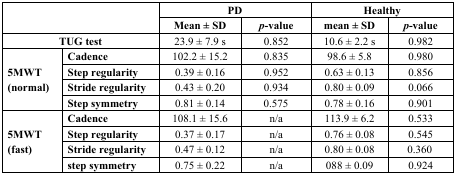
| <ROWSPAN=2-COLSPAN=2>  | <COLSPAN=2> PD | <COLSPAN=2> Healthy |
 | Mean ± SD | p-value | mean ± SD | p-value |
 | --- | --- | --- | --- | --- | --- |
 | <COLSPAN=2> TUG test | 23.9 ± 7.9 s | 0.852 | 10.6 ± 2.2 s | 0.982 |
 | <ROWSPAN=4> 5MWT (normal) | Cadence | 102.2 ± 15.2 | 0.835 | 98.6 ± 5.8 | 0.980 |
 | Step regularity | 0.39 ± 0.16 | 0.952 | 0.63 ± 0.13 | 0.856 |
 | Stride regularity | 0.43 ± 0.20 | 0.934 | 0.80 ± 0.09 | 0.066 |
 | Step symmetry | 0.81 ± 0.14 | 0.575 | 0.78 ± 0.16 | 0.901 |
 | <ROWSPAN=4> 5MWT (fast) | Cadence | 108.1 ± 15.6 | n/a | 113.9 ± 6.2 | 0.533 |
 | Step regularity | 0.37 ± 0.17 | n/a | 0.76 ± 0.08 | 0.545 |
 | Stride regularity | 0.47 ± 0.12 | n/a | 0.80 ± 0.08 | 0.360 |
 | step symmetry | 0.75 ± 0.22 | n/a | 088 ± 0.09 | 0.924 |